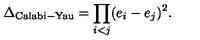
\Delta _ { \mathrm { C a l a b i - Y a u } } = \prod _ { i < j } ( e _ { i } - e _ { j } ) ^ { 2 } .